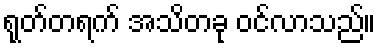
ရုတ်တရက် အသိတခု ဝင်လာသည်။